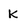
Character: k